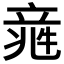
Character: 𥪑